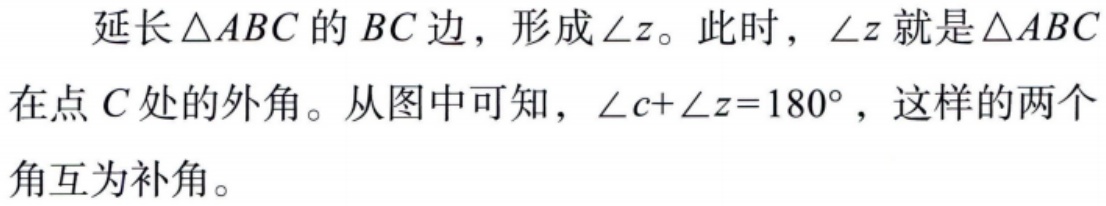
延长$\triangle ABC$的$BC$边，形成$\angle z$。此时，$\angle z$就是$\triangle ABC$在点$C$处的外角。从图中可知，$\angle c+\angle z = 180^{\circ}$，这样的两个角互为补角。